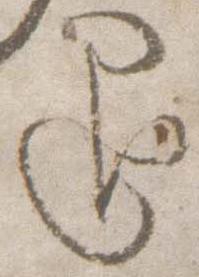
退